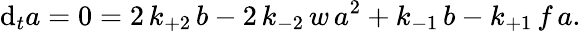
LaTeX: \mathrm{d}_{t}a=0=2\, k_{+2}\, b-2\, k_{-2}\, w\, a^{2}+k_{-1}\, b-k_{+1}\, f\, a.